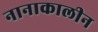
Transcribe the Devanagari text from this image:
नानाकालीन